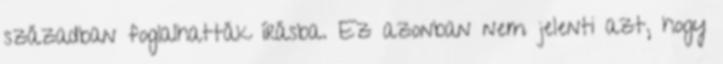
században foglalhatták írásba. Ez azonban nem jelenti azt, hogy